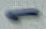
Text: 1